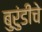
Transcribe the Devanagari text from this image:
बुरुंडीचे